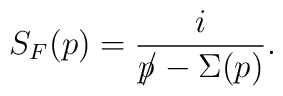
S_F(p)=\frac{i}{p{\kern -4.5pt /}-\Sigma(p)}.